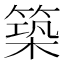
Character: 築